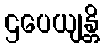
ဌပေယျန္တိ